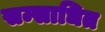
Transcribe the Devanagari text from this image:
सम्साधित